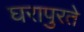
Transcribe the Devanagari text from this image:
घरापुरते